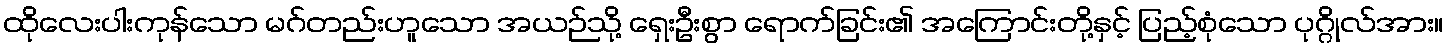
ထိုလေးပါးကုန်သော မဂ်တည်းဟူသော အယဉ်သို့ ရှေးဦးစွာ ရောက်ခြင်း၏ အကြောင်းတို့နှင့် ပြည့်စုံသော ပုဂ္ဂိုလ်အား။